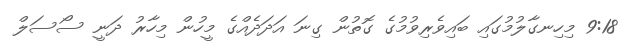
9:18 މިހިނގާލުމުގައި ބައިވެރިވުމުގެ ގޮތުން ގިނަ އަދަދެއްގެ މީހުން މިހާރު ދަނީ ސޯސަލް